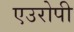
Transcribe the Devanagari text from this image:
एउरोपी